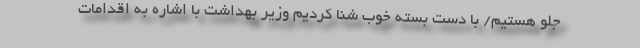
جلو هستیم/ با دست بسته خوب شنا کردیم وزیر بهداشت با اشاره به اقدامات